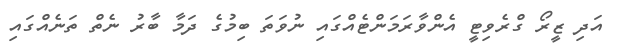
އަދި ޒީރޯ ގްރެވިޓީ އެންވާރަމަންޓެއްގައި ނުވަތަ ބިމުގެ ދަމާ ބާރު ނެތް ތަނެއްގައި